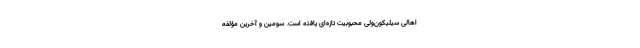
اهالی سیلیکون‌ولی محبوبیت تازه‌ای یافته است. سومین و آخرین مؤلفه